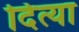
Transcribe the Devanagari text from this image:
दित्या